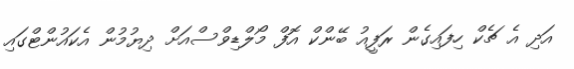
އަދި އެ ޗެކް ހިފައިގެން ރަފީއު ބޭންކް އޮފް މޯލްޑިވްސްއަށް ދިޔުމުން އެކައުންޓްގައި